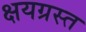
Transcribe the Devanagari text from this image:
क्षयग्रस्त